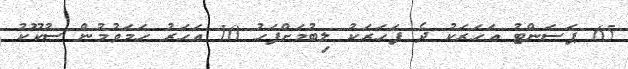
65 ޕަސަންޓު އަހަރަކު ދެ ފަހަރަކު ލިބުމަށްފަހު 10 އަހަރު ހަމަވުމުން ސުކޫކު